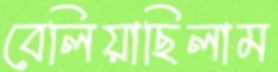
বেলিয়াছিলাম